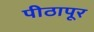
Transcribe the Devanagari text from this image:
पीठापूर